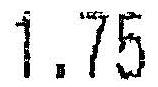
1.75